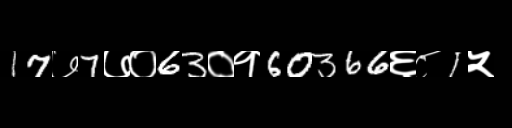
Text: 17७7७०63०१60366६८1५